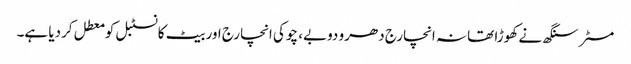
مسٹر سنگھ نے کھوڑا تھانہ انچارج دھرو دوبے، چوکی انچارج اور بیٹ کانسٹبل کو معطل کردیا ہے۔